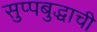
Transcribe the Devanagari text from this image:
सुप्पबुद्धाची